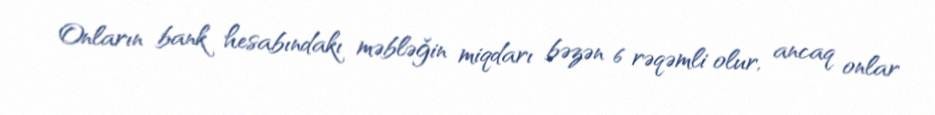
Onların bank hesabındakı məbləğin miqdarı bəzən 6 rəqəmli olur, ancaq onlar